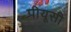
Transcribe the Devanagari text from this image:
पीयूसी